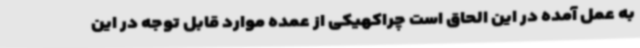
به عمل آمده در این الحاق است چراکهیکی از عمده موارد قابل توجه در این